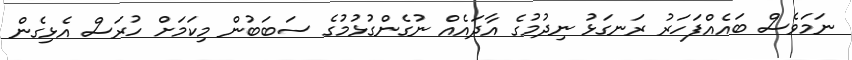
ނަމަވެސް ބައެއްފަހަރު ރަނގަޅު ނިދުމުގެ އާދައެއް ނުގެންގުޅުމުގެ ސަބަބުން މިކަމަށް ހުރަސް އެޅިގެން